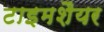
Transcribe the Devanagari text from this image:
टाइमशैयर